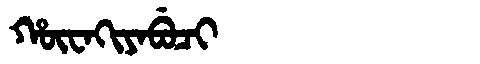
Manchu: ᡥᡡᠸᠠᡴᡳᠶᠠᠪᡠᠴᡳ
Romanization: HŪWAKIYABUCI